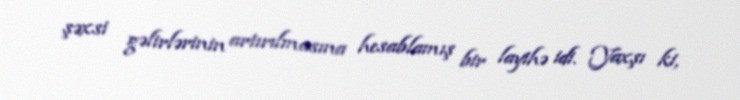
şəxsi gəlirlərinin artırılmasına hesablamış bir layihə idi. Yaxşı ki,